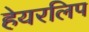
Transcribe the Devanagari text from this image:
हेयरलिप